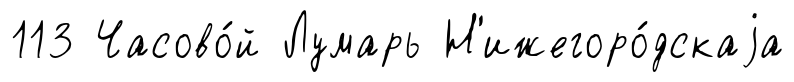
113 Часово́й Лумарь Н'ижегоро́дскаjа